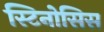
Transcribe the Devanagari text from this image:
स्टिनोसिस